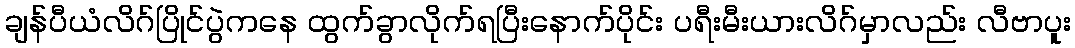
ချန်ပီယံလိဂ်ပြိုင်ပွဲကနေ ထွက်ခွာလိုက်ရပြီးနောက်ပိုင်း ပရီးမီးယားလိဂ်မှာလည်း လီဗာပူး